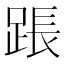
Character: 䠆